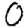
Digit: 0